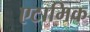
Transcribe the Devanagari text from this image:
एटामिक